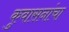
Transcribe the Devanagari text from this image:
कुवासनांचा